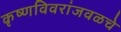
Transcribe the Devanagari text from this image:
कृष्णविवरांजवळचे